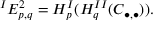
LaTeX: { } ^ { I } E _ { p , q } ^ { 2 } = H _ { p } ^ { I } ( H _ { q } ^ { I I } ( C _ { \bullet , \bullet } ) ) .